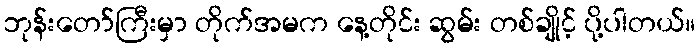
ဘုန်းတော်ကြီးမှာ တိုက်အမက နေ့တိုင်း ဆွမ်း တစ်ချိုင့် ပို့ပါတယ်။